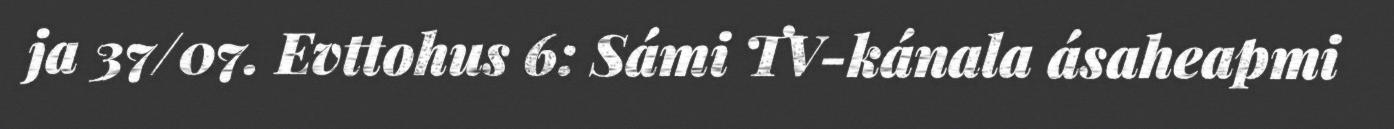
ja 37/07. Evttohus 6: Sámi TV-kánala ásaheapmi